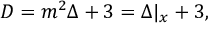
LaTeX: D = m ^ { 2 } \Delta + 3 = \Delta \vert _ { x } + 3 ,